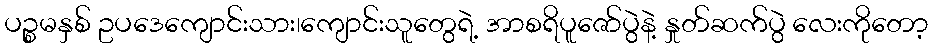
ပဉ္စမနှစ် ဥပဒေကျောင်းသား၊ကျောင်းသူတွေရဲ့ အာစရိပူဇော်ပွဲနဲ့ နှုတ်ဆက်ပွဲ လေးကိုတော့